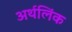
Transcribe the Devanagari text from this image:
अर्थलिंक